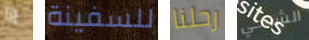
انا للسفينة رحلنا الشوكي